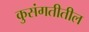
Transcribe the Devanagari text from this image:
कुसंगतीतील